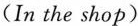
(In the shop)